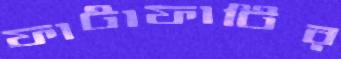
ফাটাফাটির